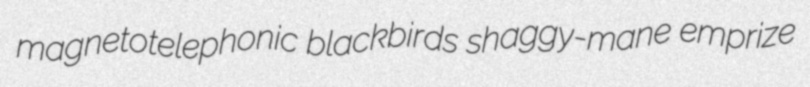
magnetotelephonic blackbirds shaggy-mane emprize